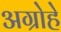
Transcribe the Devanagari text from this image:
अग्रोहे